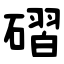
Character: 磖